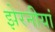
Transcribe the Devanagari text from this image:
झेरनीयां